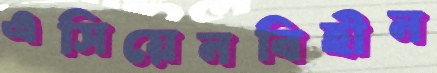
এসিয়েনবিহীন